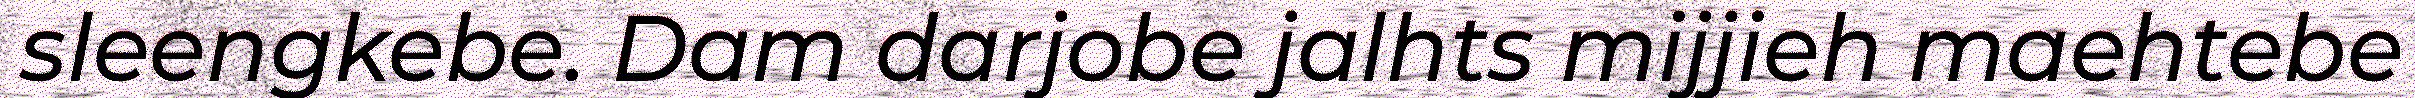
sleengkebe. Dam darjobe jalhts mijjieh maehtebe